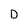
Character: D